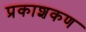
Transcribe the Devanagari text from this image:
प्रकाशकण